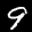
Label: 9